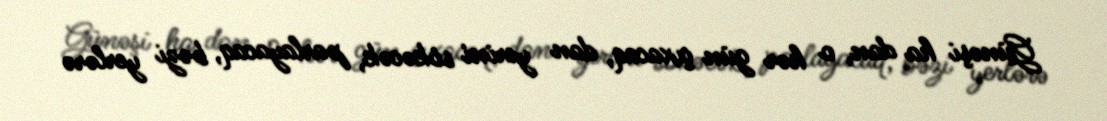
Günəşi ha dan, o hər gün çıxacaq, dan yerini sökəcək, parlayacaq, bəzi yerlərə